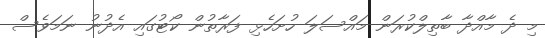
މި ދެ މާއްދާ ބާތިލްކުރަން މައްސަލަ ހުށަހެޅި ފަރާތުން ކޯޓުގައި އެދުނު ނަމަވެސް